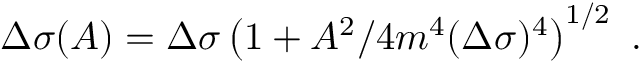
\Delta \sigma ( A ) = \Delta \sigma \left( 1 + A ^ { 2 } / 4 m ^ { 4 } ( \Delta \sigma ) ^ { 4 } \right) ^ { 1 / 2 } \ .